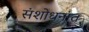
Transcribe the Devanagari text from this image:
संशोधनांत